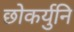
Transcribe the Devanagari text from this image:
छोकर्युनि